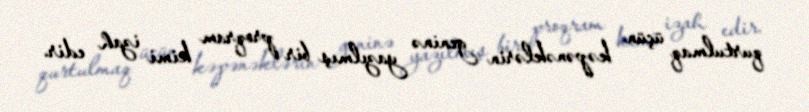
qurtulmaq üçün kəpənəklərin geninə yazılmış bir proqram kimi izah edir.